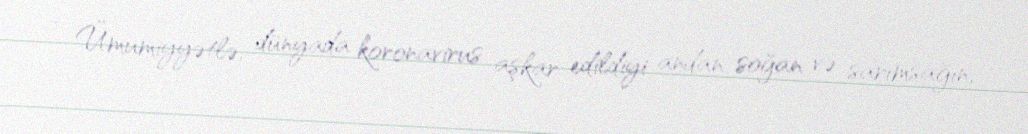
- Ümumiyyətlə, dünyada koronavirus aşkar edildiyi andan soğan və sarımsağın,